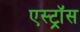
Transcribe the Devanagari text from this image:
एस्ट्रॉस